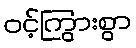
ဝင့်ကြွားစွာ